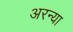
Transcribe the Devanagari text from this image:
अरन्या